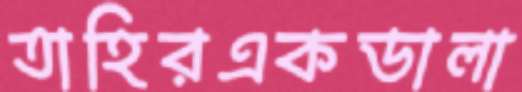
তাহিরএকডালা